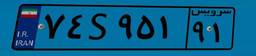
۴۰S۷۸۴۲۱